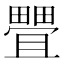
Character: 𰣖